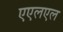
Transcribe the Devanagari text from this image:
एएलएल